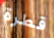
قطرة